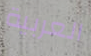
العربية